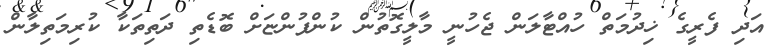
އަދި ފެރީގެ ޚިދުމަތް ހުއްޓާލަން ޖެހުނީ މާލީގޮތުން ކުންފުންޏަށް ބޮޑެތި ދަތިތަކާ ކުރިމަތިލާން